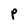
Character: p